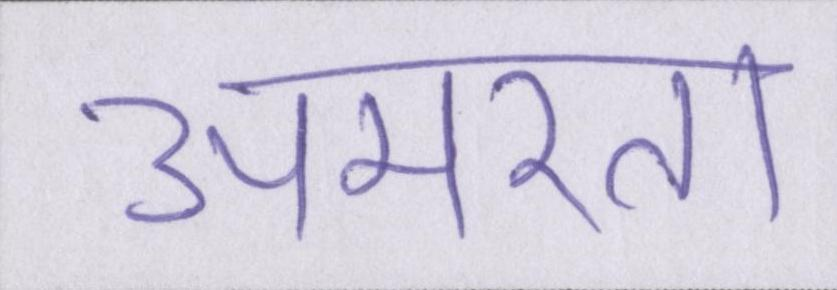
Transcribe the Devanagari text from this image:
अमरता